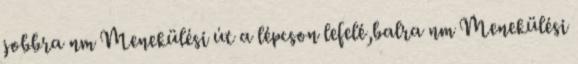
jobbra nm Menekülési út a lépcson lefelé,balra nm Menekülési